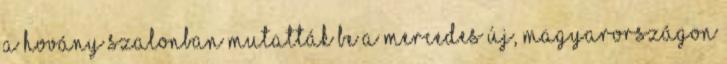
a Hovány szalonban mutatták be a Mercedes új, Magyarországon